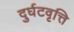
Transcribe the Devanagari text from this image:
दुर्घटवृत्ति